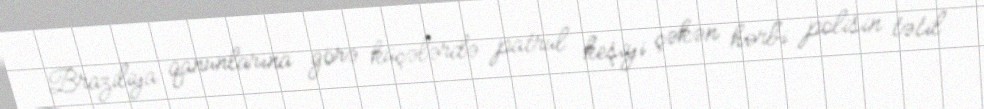
Braziliya qanunlarına görə küçələrdə patrul keşiyi çəkən hərbi polisin tətil